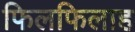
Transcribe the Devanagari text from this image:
फिलफिलाह